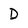
Character: D